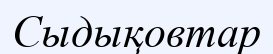
Сыдықовтар